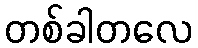
တစ်ခါတလေ